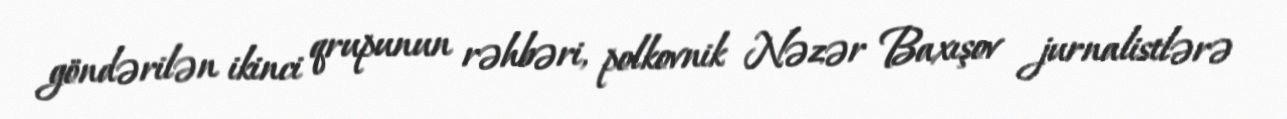
göndərilən ikinci qrupunun rəhbəri, polkovnik Nəzər Baxışov jurnalistlərə